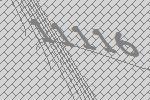
11116